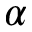
\alpha